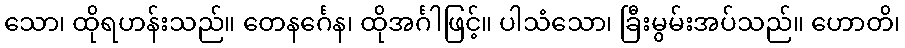
သော၊ ထိုရဟန်းသည်။ တေနင်္ဂေန၊ ထိုအင်္ဂါဖြင့်။ ပါသံသော၊ ခြီးမွမ်းအပ်သည်။ ဟောတိ၊